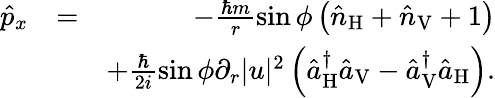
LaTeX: \begin{array}{rlr}{\hat{p}_{x}}&{=}&{-\frac{\hbar m}{r}\sin\phi\left(\hat{n}_{\mathrm{H}}+\hat{n}_{\mathrm{V}}+1\right)}\\ &{}&{+\frac{\hbar}{2i}\sin\phi\partial_{r}|u|^{2}\left(\hat{a}_{\mathrm{H}}^{\dagger}\hat{a}_{\mathrm{V}}-\hat{a}_{\mathrm{V}}^{\dagger}\hat{a}_{\mathrm{H}}\right).}\end{array}